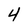
Character: 4